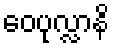
ဝေပုလ္လာနိ